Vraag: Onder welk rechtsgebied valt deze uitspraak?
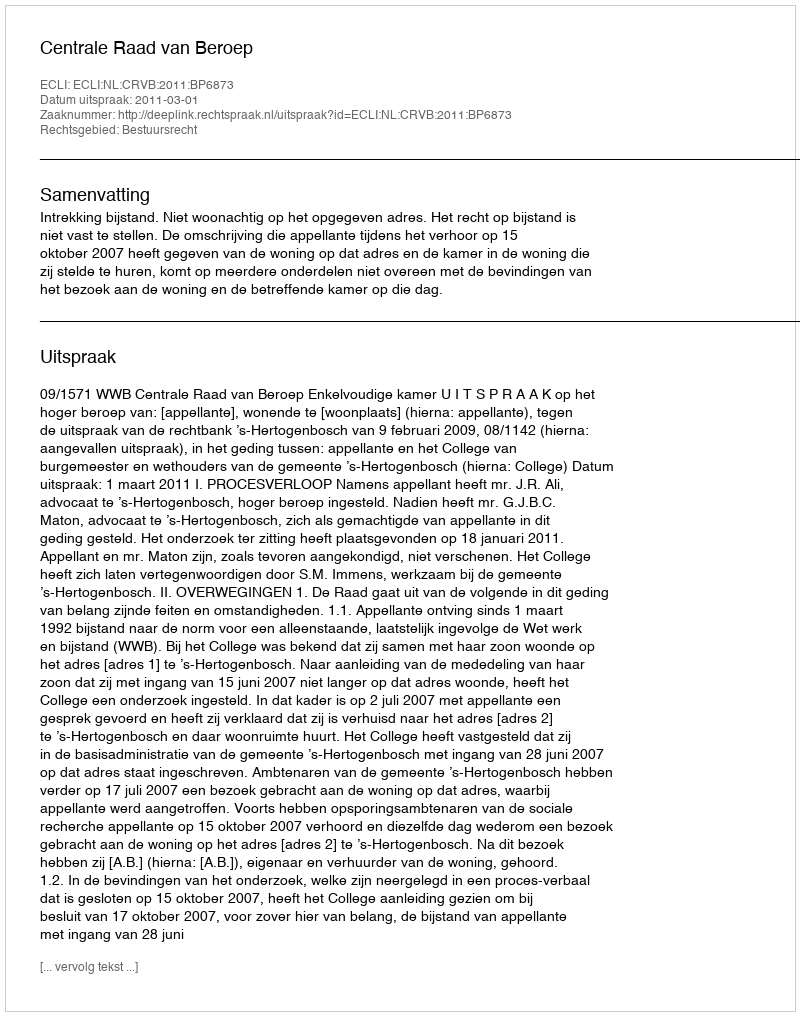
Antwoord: Bestuursrecht